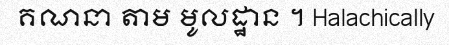
គណនា តាម មូលដ្ឋាន ។ Halachically